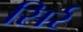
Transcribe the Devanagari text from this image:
सिर्र